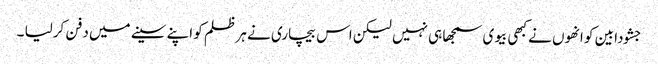
جشودا بین کو انھوں نے کبھی بیوی سمجھا ہی نہیں لیکن اس بیچاری نے ہر ظلم کو اپنے سینے میں دفن کرلیا ۔